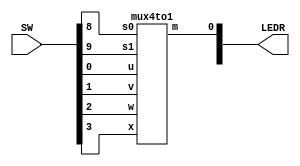
`timescale 1ns / 1ns // `timescale time_unit/time_precision

//SW[2:0] data inputs
//SW[9] select signals

//LEDR[0] output display

module mux(LEDR, SW);
    input [9:0] SW;
    output [9:0] LEDR;
	  mux4to1 u0(
        .u(SW[0]),
        .v(SW[1]),
        .w(SW[2]),
        .x(SW[3]),
        .s0(SW[8]),
        .s1(SW[9]),
        .m(LEDR[0])
        );
		  
endmodule

module mux2to1(x, y, s, m);
    input x; //select 0
    input y; //select 1
    input s; //select signal
    output m; //output
  
    //assign m = s & y | ~s & x;
    // OR
    assign m = s ? y : x;

endmodule

module mux4to1(u, v, w, x, s0, s1, m);
	input u, v, w, x, s0, s1; //4 inputs and 2 signal
	output m;//output signal
	wire c0, c1; //wires to store output from the 2 mux2to1
	
	mux2to1 u0(u, v, s0, c0);//select which pairs (uw,vx) of signals goes through
	mux2to1 u1(w, x, s0, c1);
	mux2to1 u2(c0, c1, s1, m);//final selection between c0 and c1
	
endmodule